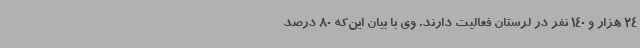
24 هزار و 140 نفر در لرستان فعالیت دارند. وی با بیان این‌که 80 درصد